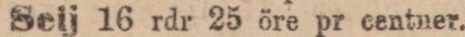
Seij 16 rdr 25 öre pr centner.